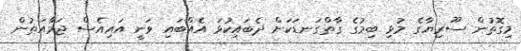
މިގޮތުން ސޫރިޔާގެ މުޅި ބިމުގެ ގާތްގަނޑަކަށް ދެބައިކުޅަ އެއްބައި ވަނީ އައިއެސް ޖަމާއަތުން